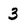
Character: 3